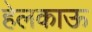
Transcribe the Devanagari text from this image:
हेलकाऊ